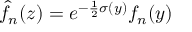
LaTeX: \hat { f } _ { n } ( z ) = e ^ { - \frac { 1 } { 2 } \sigma ( y ) } f _ { n } ( y )